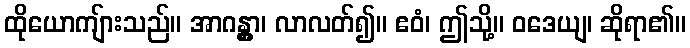
ထိုယောကျ်ားသည်။ အာဂန္တွာ၊ လာလတ်၍။ ဧဝံ၊ ဤသို့။ ဝဒေယျ၊ ဆိုရာ၏။